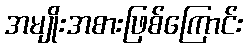
အမျိုးအစားဖြစ်ကြောင်း